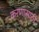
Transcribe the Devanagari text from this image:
करणासाठी